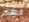
نعم